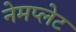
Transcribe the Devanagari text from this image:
नेमप्‍लेट